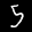
Label: 5